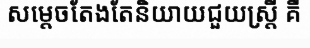
សម្តេចតែងតែនិយាយជួយស្ត្រី គឺ